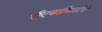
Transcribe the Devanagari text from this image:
पीएचडीसाठीचे